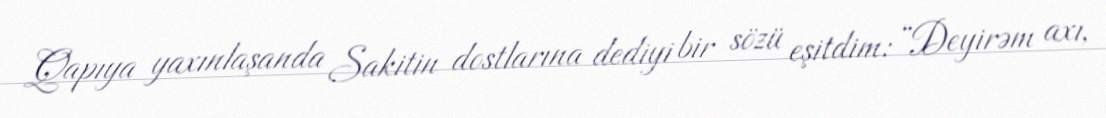
Qapıya yaxınlaşanda Sakitin dostlarına dediyi bir sözü eşitdim: “Deyirəm axı,